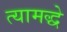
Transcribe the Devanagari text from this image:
त्यामद्धे